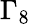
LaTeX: \Gamma_{8}